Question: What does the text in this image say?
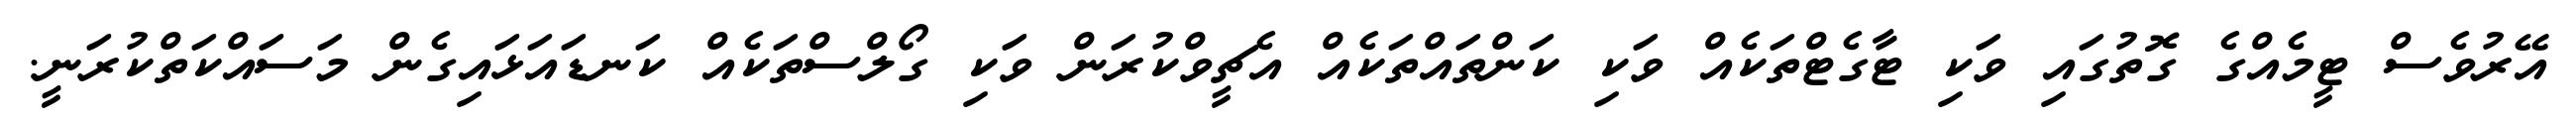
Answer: އޭރުވެސް ޓީމެއްގެ ގޮތުގައި ވަކި ޓާގެޓްތަކެއް ވަކި ކަންތައްތަކެއް އެޗީވްކުރަން ވަކި ގޯލްސްތަކެއް ކަނޑައަޅައިގެން މަސައްކަތްކުރަނީ.